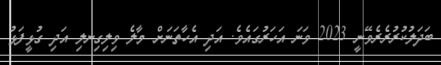
ބަދަލުކުރުރެރެވޭނީ 2023 ވަނަ އަހަރުގައެވެ. އަދި އެހާތަނަށް މާލެ ވިލިގިނލި އަދި ގުޅީފަޅު